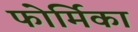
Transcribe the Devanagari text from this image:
फोर्मिका